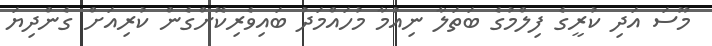
މޫސަ އަދި ކުރީގެ ފިލްމުގެ ބަތަލާ ނިއުމާ މުހައްމަދު ބައިވެރިކޮށްގެން ކުރިއަށް ގެންދިޔަ